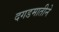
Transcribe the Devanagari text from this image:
दगडमातीने